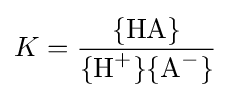
K={\frac {\{\mathrm {HA} \}}{\{\mathrm {H} {\vphantom {A}}^{+}\}\{\mathrm {A} {\vphantom {A}}^{-}\}}}